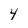
Character: 4